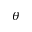
\theta